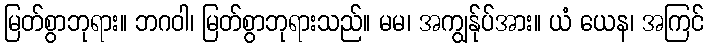
မြတ်စွာဘုရား။ ဘဂဝါ၊ မြတ်စွာဘုရားသည်။ မမ၊ အကျွန်ုပ်အား။ ယံ ယေန၊ အကြင်